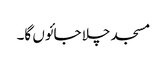
مسجد چلا جائوں گا۔